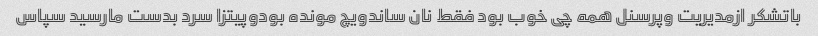
باتشکر ازمدیریت وپرسنل همه چی خوب بود فقط نان ساندویچ مونده بودوپیتزا سرد بدست مارسید سپاس